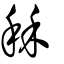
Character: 秝